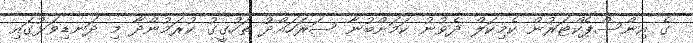
ގެ އިންސްޕެކްޓަރުން ކެމިކަލް ދެވުނު ކަމަށްބުނާ ސަރަހައްދު ތަހުގީގު ކުރަމުންދާ މި ދަނޑިވަޅުގައި